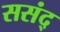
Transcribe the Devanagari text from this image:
ससंद्